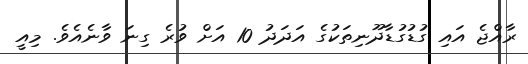
ރާއްޖެ އައި ގުޑުގުޑާދޫނިތަކުގެ އަދަދު 10 އަށް ވުރެ ގިނަ ވާނެއެވެ. މިއީ